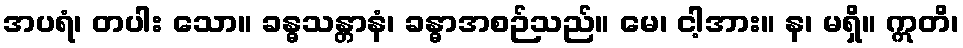
အပရံ၊ တပါး သော။ ခန္ဓသန္တာနံ၊ ခန္ဓာအစဉ်သည်။ မေ၊ ငါ့အား။ န၊ မရှိ။ ဣတိ၊